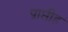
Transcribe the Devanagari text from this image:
प्राप्तीह